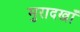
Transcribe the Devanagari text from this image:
मुरादखाँ